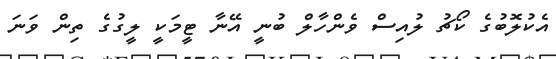
އެކުލޮބުގެ ކޯޗު ލުއިސް ވެންހާލް ބުނީ އޭނާ ޓީމަކީ ލީގުގެ ތިން ވަނަ